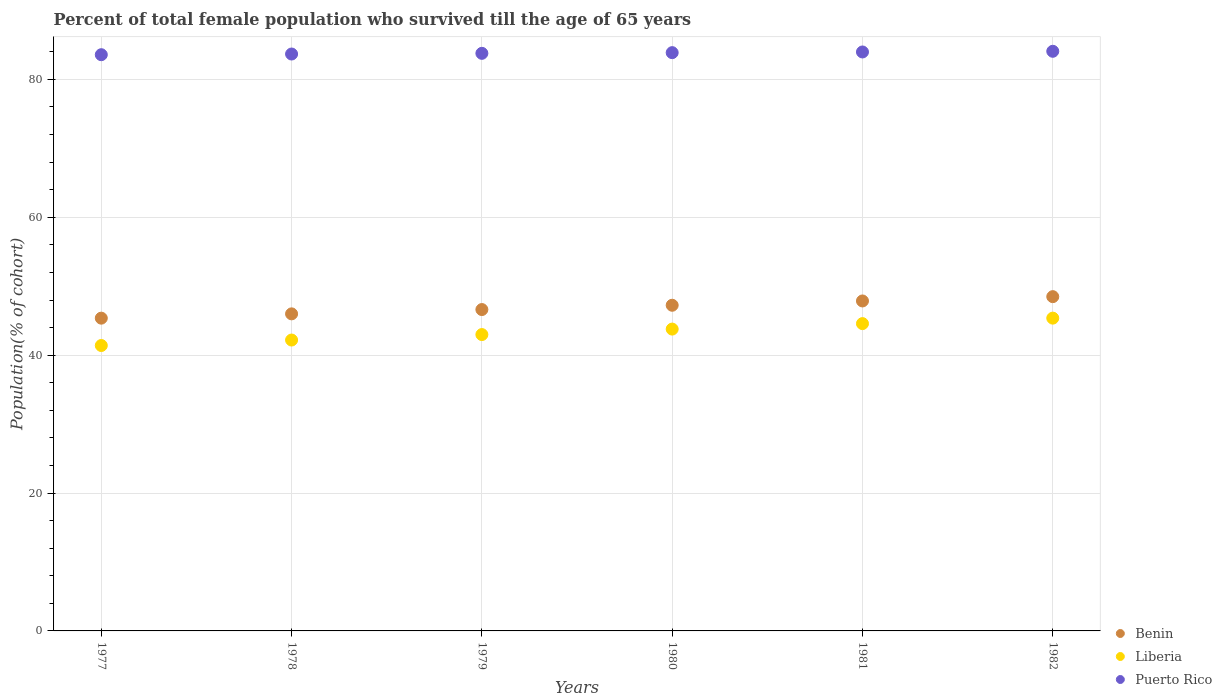
| Years | Benin | Liberia | Puerto Rico |
 | --- | --- | --- | --- |
 | 1977 | 45.4 | 41.4 | 83.6 |
 | 1978 | 46 | 42.2 | 83.7 |
 | 1979 | 46.6 | 43 | 83.8 |
 | 1980 | 47.2 | 43.8 | 83.9 |
 | 1981 | 47.9 | 44.6 | 84 |
 | 1982 | 48.5 | 45.4 | 84.1 |